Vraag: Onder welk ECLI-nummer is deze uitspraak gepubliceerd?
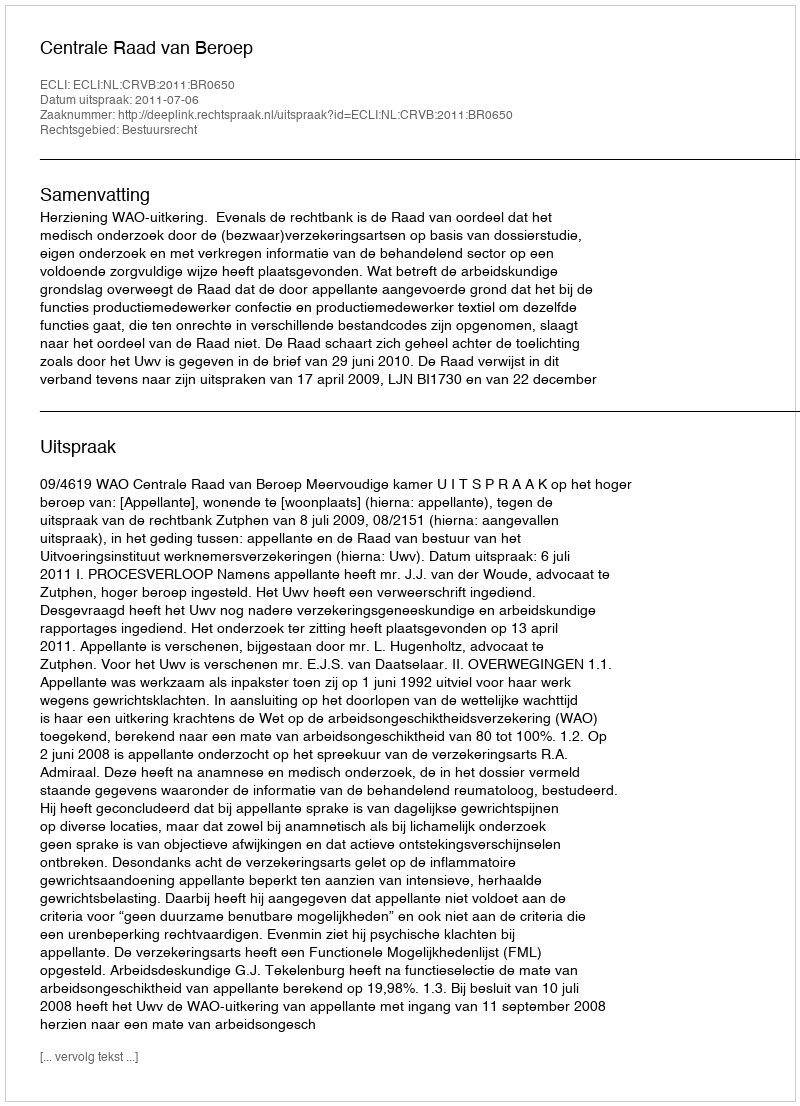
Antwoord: ECLI:NL:CRVB:2011:BR0650